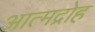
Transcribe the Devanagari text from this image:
आत्मद्रोह